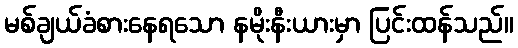
မစ်ချယ်ခံစားနေရသော နမိုးနီးယားမှာ ပြင်းထန်သည်။